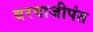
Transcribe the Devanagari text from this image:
बरवाजीपंत